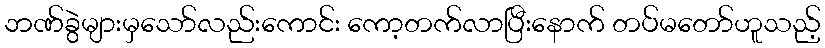
ဘဏ်ခွဲများမှသော်လည်းကောင်း ကော့တက်လာပြီးနောက် တပ်မတော်ဟူသည့်